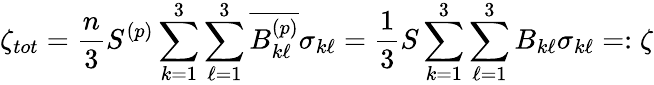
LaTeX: \zeta_{tot}=\frac{n}{3}S^{(p)}\sum_{k=1}^{3}\sum_{\ell=1}^{3}\overline{{B_{k\ell}^{(p)}}}\sigma_{k\ell}=\frac{1}{3}S\sum_{k=1}^{3}\sum_{\ell=1}^{3}B_{k\ell}\sigma_{k\ell}=:\zeta